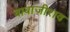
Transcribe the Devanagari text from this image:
बाबाजीराव